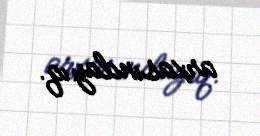
arxasındayıq.